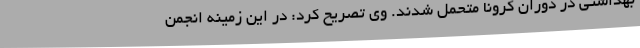
بهداشتی در دوران کرونا متحمل شدند. وی تصریح کرد: در این زمینه انجمن